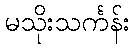
မသိုးသင်္ကန်း